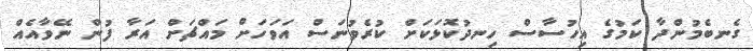
ގެނބެމުންދާ ކަމުގެ އިހުސާސް ހިނދުކޮޅަކަށް ކުރެވުނަސް އަވަހަށް މައްޗަށް އަރާ ފުން ނޭވާއެއް